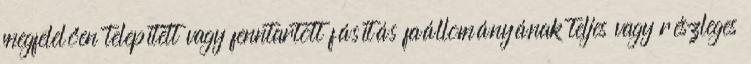
megfelelően telepített vagy fenntartott fásítás faállományának teljes vagy részleges